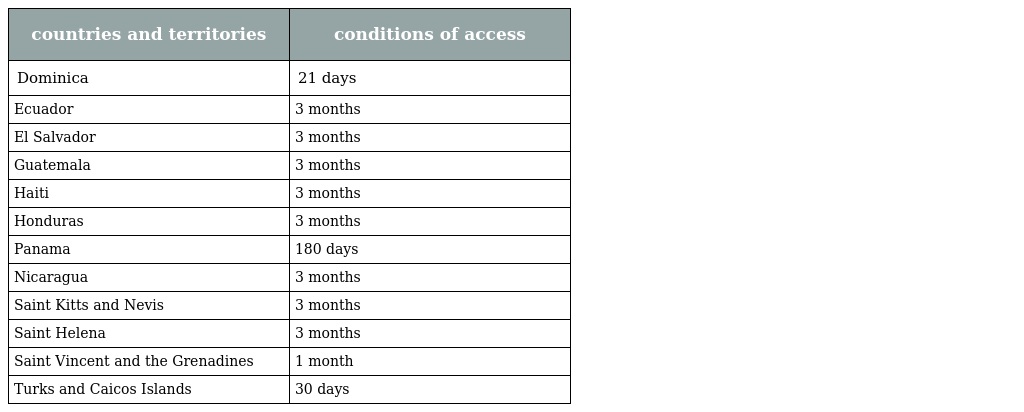
| countries and territories | conditions of access |
 | --- | --- |
 | Dominica | 21 days |
 | Ecuador | 3 months |
 | El Salvador | 3 months |
 | Guatemala | 3 months |
 | Haiti | 3 months |
 | Honduras | 3 months |
 | Panama | 180 days |
 | Nicaragua | 3 months |
 | Saint Kitts and Nevis | 3 months |
 | Saint Helena | 3 months |
 | Saint Vincent and the Grenadines | 1 month |
 | Turks and Caicos Islands | 30 days |